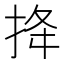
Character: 𢭎